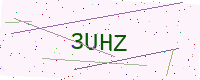
Text: 3UHZ